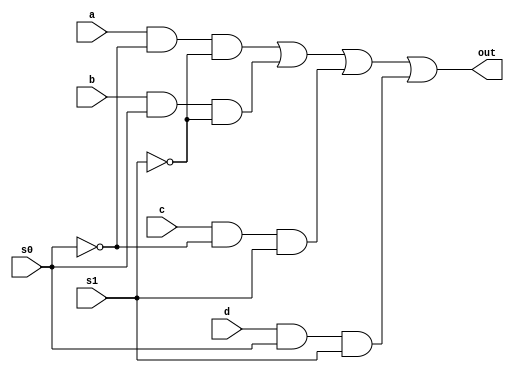
//CED19I056
//barrel shifter (i)

module mux4x1(a, b, c, d, s0, s1 ,out);
    output out;
    input a, b, c, d, s0, s1;
    wire s0bar, s1bar, T1, T2, T3;
    assign s1bar= ~s1;
    assign s0bar= ~s0;
    
    and(T1, a, s0bar, s1bar);
    and(T2, b, s0, s1bar);
    and(T3, c, s0bar, s1);
    and(T4, d, s0, s1);
    or(out, T1, T2, T3, T4);
endmodule

module barrel_shift(w0,w1,w2,w3,s0,s1,y0,y1,y2,y3);
    input w0,w1,w2,w3,s0,s1;
    output y0,y1,y2,y3;

   mux4x1 a(w0,w1,w2,w3,s0,s1,y0);
   mux4x1 b(w1,w2,w3,w0,s0,s1,y1);
   mux4x1 c(w2,w3,w0,w1,s0,s1,y2);
   mux4x1 d(w3,w0,w1,w2,s0,s1,y3);
   
endmodule

module barrel_shift_tb();
    reg w0,w1,w2,w3,s0,s1;
    wire y0,y1,y2,y3;

    barrel_shift c(w0,w1,w2,w3,s0,s1,y0,y1,y2,y3);

    initial begin
	    #0   w0=1;w1=1;w2=0;w3=1;s0=0;s1=0;
        #10  w0=1;w1=1;w2=0;w3=1;s0=1;s1=0;
        #20  w0=1;w1=1;w2=0;w3=1;s0=0;s1=1;
        #30  w0=1;w1=1;w2=0;w3=1;s0=1;s1=1;
    end
	
	initial 
	begin
        $display("Input--->Output for S1S0");
        $monitor("%b%b%b%b--->%b%b%b%b for %b%b ",w3,w2,w1,w0,y3,y2,y1,y0,s1,s0);
		$dumpfile("barrel_shifter1.vcd");
        $dumpvars(0,barrel_shift_tb);
	end
endmodule